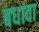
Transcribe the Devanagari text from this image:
बधावा